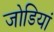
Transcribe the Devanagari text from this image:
जोडियां